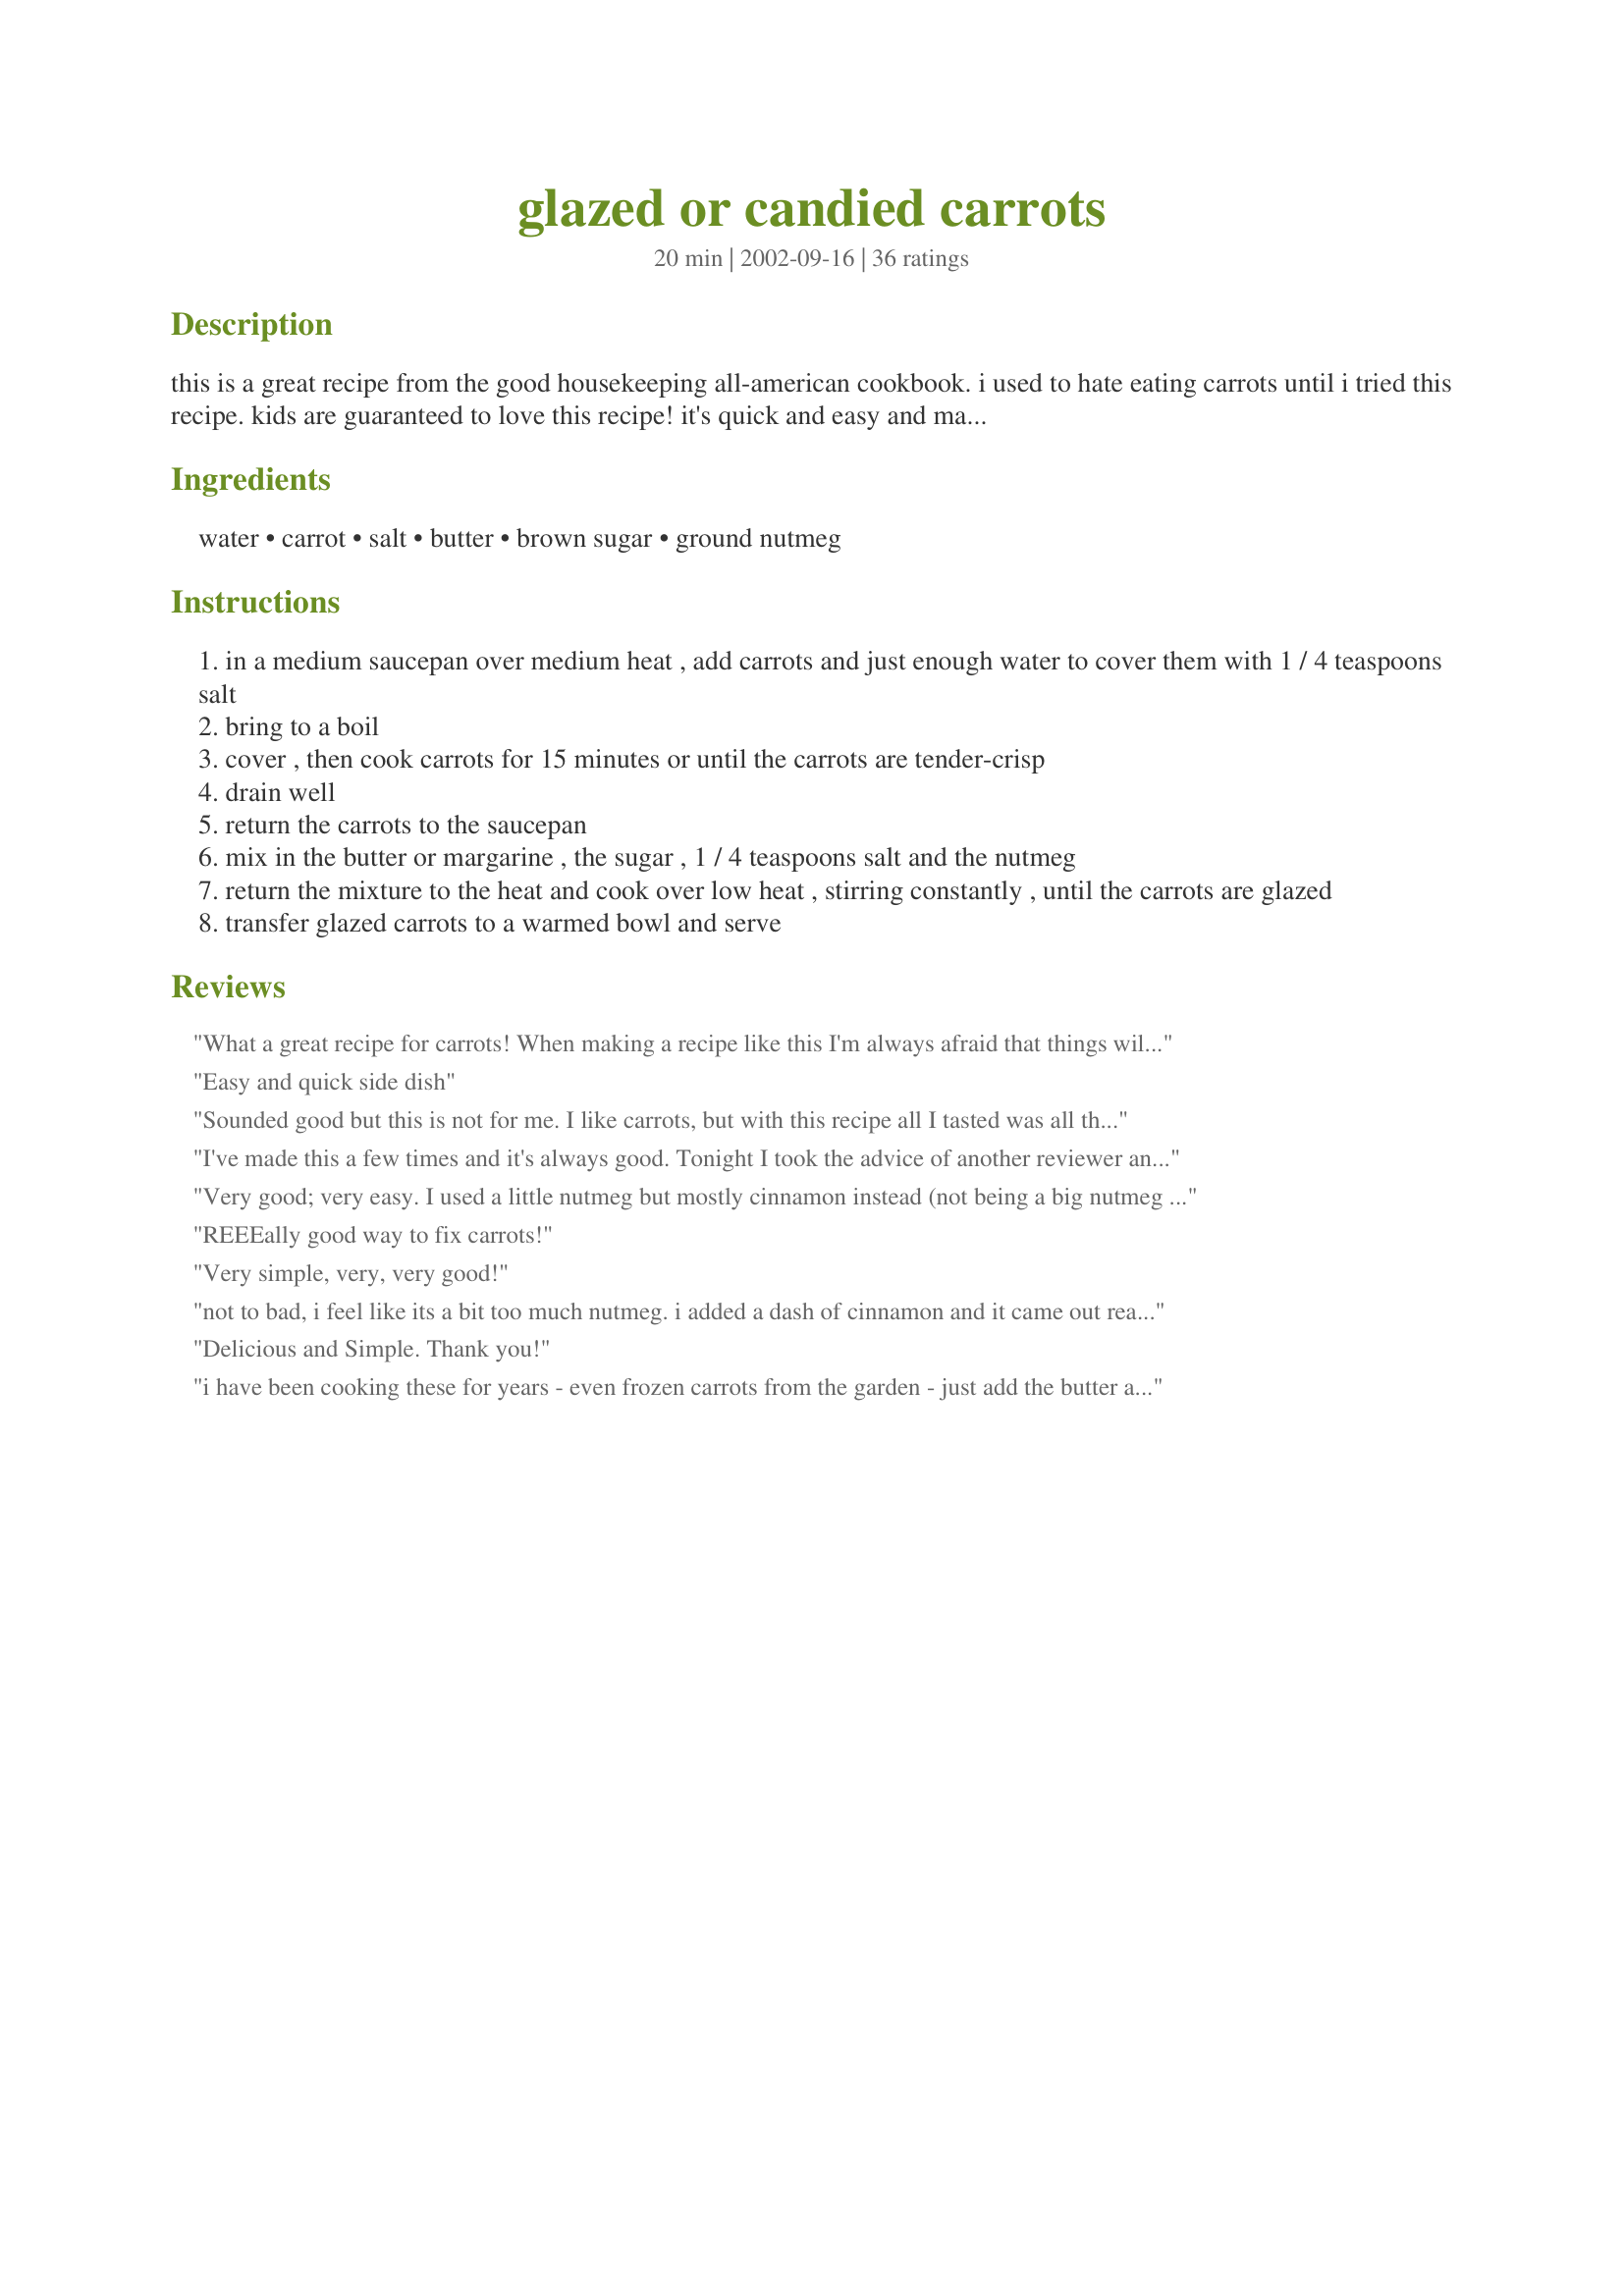
glazed or candied carrots
Preparation time: 20 minutes

this is a great recipe from the good housekeeping all-american cookbook. i used to hate eating carrots until i tried this recipe. kids are guaranteed to love this recipe! it's quick and easy and made from foods that are around the house.

Ingredients:
water, carrot, salt, butter, brown sugar, ground nutmeg

Steps:
in a medium saucepan over medium heat , add carrots and just enough water to cover them with 1 / 4 teaspoons salt
bring to a boil
cover , then cook carrots for 15 minutes or until the carrots are tender-crisp
drain well
return the carrots to the saucepan
mix in the butter or margarine , the sugar , 1 / 4 teaspoons salt and the nutmeg
return the mixture to the heat and cook over low heat , stirring constantly , until the carrots are glazed
transfer glazed carrots to a warmed bowl and serve

Reviews:
What a great recipe for carrots! When making a recipe like this I'm always afraid that things will taste to sweet, (And I love sweets). This was perfect and I will definately make again. I think it might have been the nutmeg that just added that extra touch, very yummy!
Easy and quick side dish
Sounded good but this is not for me. I like carrots, but with this recipe all I tasted was all the extras. My son LOVES carrots, and he hardly touched them. I won't be making this again.
I've made this a few times and it's always good. Tonight I took the advice of another reviewer and tried it in the microwave. Perfect glazed carrots in 5 minutes flat! Awesome!
Very good; very easy. I used a little nutmeg but mostly cinnamon instead (not being a big nutmeg fan). My daughters liked them (well, the 2 that would try them) as did I. I will make these again.
REEEally good way to fix carrots!
Very simple, very, very good!
not to bad, i feel like its a bit too much nutmeg. i added a dash of cinnamon and it came out really good (minus the nutmeg thing...)
Delicious and Simple. Thank you!
i have been cooking these for years - even frozen carrots from the garden - just add the butter and brown sugar - and oh my - wonderful ....with or without nutmeg - thanks for sharing with all - q.b. - canada
Very yummy and very easy!!! Thanks for posting... this was great for a last-minute veggie! Will definitely make again.
These carrots are so easy and yet so good!! They remind me of the glazed carrots you get at Cracker Barrel Restaurant. I used baby carrots and did leave out the nutmeg. Thanks so much for sharing such a healthy and wonderful recipe!!
This was a nice treat! It seemed fancy, with not a lot of effort. Served as a side dish with chicken and dressing. Used 1/2 pound of baby carrots for two. Thanks!
A little too much nutmeg flavor imo. They weren't bad though.
Wow! This was my first attempt at cooking carrots & this couldn't have been easier or more yummy. I used 1/2 lb baby carrots & light spreadable butter. I also used Splenda brown sugar blend. The nutmeg was a great addition & gave great flavor to the carrots. I actually forgot to add the salt to the water-didn't seem to matter. Delicious! Thanks, IAteMyGluestick!
This is about as simple as it gets in cooking. The taste outstanding. I needed a quick, different recipe for an abundance of carrots in my fridge, my MIL who lives with us is very difficult to cook for, but she loved the carrots. I added just a bit of ginger. This will be a regular dish in our house. Thanks
We found a bargin on baby carrots and bought three bags. My DH loves to just eat them raw, but I was able to sneak one bag of them for this dish, they turned out very good, and I'm not that fond of carrots. I served with Cherry Cola Pot Roast [Recipe #191578], Great combinaiton. Thanks for sharing.
These were very nice. I had just a handful of carrots left from something else, so I cut the quantity in half. I used fresh nutmeg.
Delicious! The taste of of nutmeg is perfect not overwhelming. My family very much enjoyed them, even my three year old said "more please!" I used whole baby carrots, and they were perfect! Thank you!
Very nice! Not to crazy about nutmeg so I added a tad bit more of the brown sugar.
This is an easy and delicious recipe. Great for a quick veggie!
Delicious! Very easy to make.
I made this the lazy way, in the microwave. Layered the baby carrots in dish, dotted with butter, sprinkled with brown sugar and nutmeg and nuked for 5 minutes. No salt. One wonderful dish (and one dish clean up). The nutmeg is perfect in this recipe. Thanks for posting gluestick.
I used a vegan "buttery spread" and freshly ground nutmeg and found this to be wonderful. Not overly sweet and the taste of carrots wasn't lost in the seasoning. I will use this recipe often!
Very easy recipe. I used baby carrots and baked, with the remaining ingredients, for about 45 min @350-375. They turned out wonderful. I served these along side Recipe #34499. I will make these again!
Excellent recipe!! My family totally loved this and ever so easy to make!

With a 5 lb bag of carrots in my possession, I can see this being made many times. Maybe the next time I'll make more carrots and bring in leftovers. No leftovers last night though!!
Made this for Thanksgiving for my carrot loving family and they loved it. Lots of second helpings. It is a great way to introduce people that don't like cooked carrots to how good they can be. Thanks for sharing IATEMYGLUESTICK. It's a keeper. Enjoy. ChefDLH
I just got threw making this recipe and oh my goodness........WOW...I doubled the recipe and didn`t use salt at all but i only used 1/4 tsp.nutmeg...didn`t double that and they r just awesome.I will be making these all the time now..Ty so much Gluestick
Delicious recipe! I am glad I read the reviews and just used a dash of nutmeg and also a dash of cinnamon. Usually I hate cooked carrots but made them because they are one of my boyfriends favorites. I wish I made a double order because we ate every last one! This will be a regular in our house from now on!!!
I would say that these are easy if nothing else, but they are something else. I made these carrots as a side for someone that loves carrots. I am not a lover of cooked carrots, and these were quite tasty. They have truly earned these 5 stars!
We all loved it!
Are dad found this recipe.
we loved it!
We cant wait to try it again.
 The Hartwigs
(straight from the hands of my 1st grade daughter!)
I was really hoping this would be a great recipe because my boys (2yrs, 4yrs and 6 yrs old) do not eat any veggies and was sure this would be a hit. They all tried them and said they didn't like them. I didn't care for them either so I didn't push. I need another way to make cooked carrots. I love them raw but cooked, not soo much!
I found the plumpest whole carrots I could get my hands on, cut them into chunks, and paired them with this sweetly
satisfying glaze. The result? Let's just say I'm making them again tomorrow! Perfect balance of flavors... loved them!
Absolute hit at Easter! I wasn't sure if my family was going to like this because I thought I was the only one that loved glazed carrots. By the time I got to serve myself some of the carrots they were gone. They absolutely LOVED this recipe. I will be making this in the future and DOUBLING the recipe. Thanks for posting.
Yum! A delicious way to eat veggies! I used the pre-cut carrot chips that have ridges (perfect for holding the glaze). I used Brown Sugar Blend Splenda and margarine and subbed cinnamon & allspice (what I had on hand) for nutmeg with great results. Thanks for posting!
i made this for my carrot-loving husband (figures how he has 20/20 vision). it was tough to see which was more glazed - the carrots, or his eyes glazed over as he ate them.
